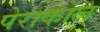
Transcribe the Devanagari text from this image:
पेराकोल